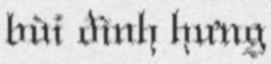
bùi đình hưng